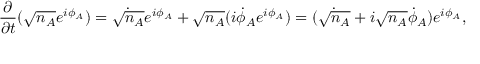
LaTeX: { \frac { \partial } { \partial t } } ( { \sqrt { n _ { A } } } e ^ { i \phi _ { A } } ) = { \dot { \sqrt { n _ { A } } } } e ^ { i \phi _ { A } } + { \sqrt { n _ { A } } } ( i { \dot { \phi } } _ { A } e ^ { i \phi _ { A } } ) = ( { \dot { \sqrt { n _ { A } } } } + i { \sqrt { n _ { A } } } { \dot { \phi } } _ { A } ) e ^ { i \phi _ { A } } ,